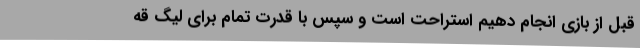
قبل از بازی انجام دهیم استراحت است و سپس با قدرت تمام برای لیگ قه